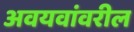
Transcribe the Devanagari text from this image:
अवयवांवरील